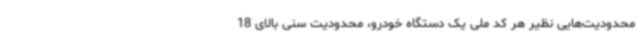
محدودیت‌هایی نظیر هر کد ملی یک دستگاه خودرو، محدودیت سنی بالای 18